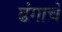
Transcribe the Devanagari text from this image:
ढंगाचे